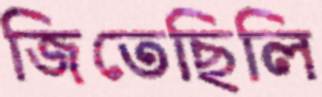
জিতেছিলি